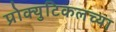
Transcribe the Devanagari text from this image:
प्रोक्युटिकलच्या